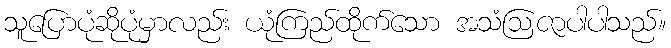
သူပြောပုံဆိုပုံမှာလည်း ယုံကြည်ထိုက်သော အသံဩဇာပါပါသည်။